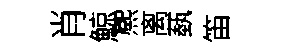
肖鯨熈离蓺笛